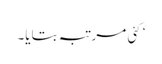
‘ کئی مرتبہ بتایا۔